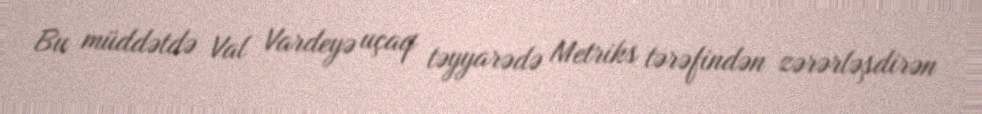
Bu müddətdə Val Vardeyə uçaq təyyarədə Metriks tərəfindən zərərləşdirən